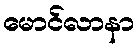
မောင်လာနာ